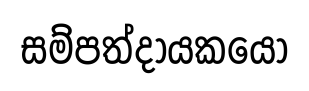
සම්පත්දායකයෝ